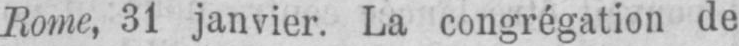
Rome, 31 janvier. La congrégation de